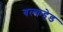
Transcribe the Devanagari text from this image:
बल्‍कहेड